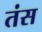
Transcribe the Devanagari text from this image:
तंस